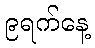
၉ရက်နေ့